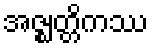
အဇ္ဈတ္တိကဿ